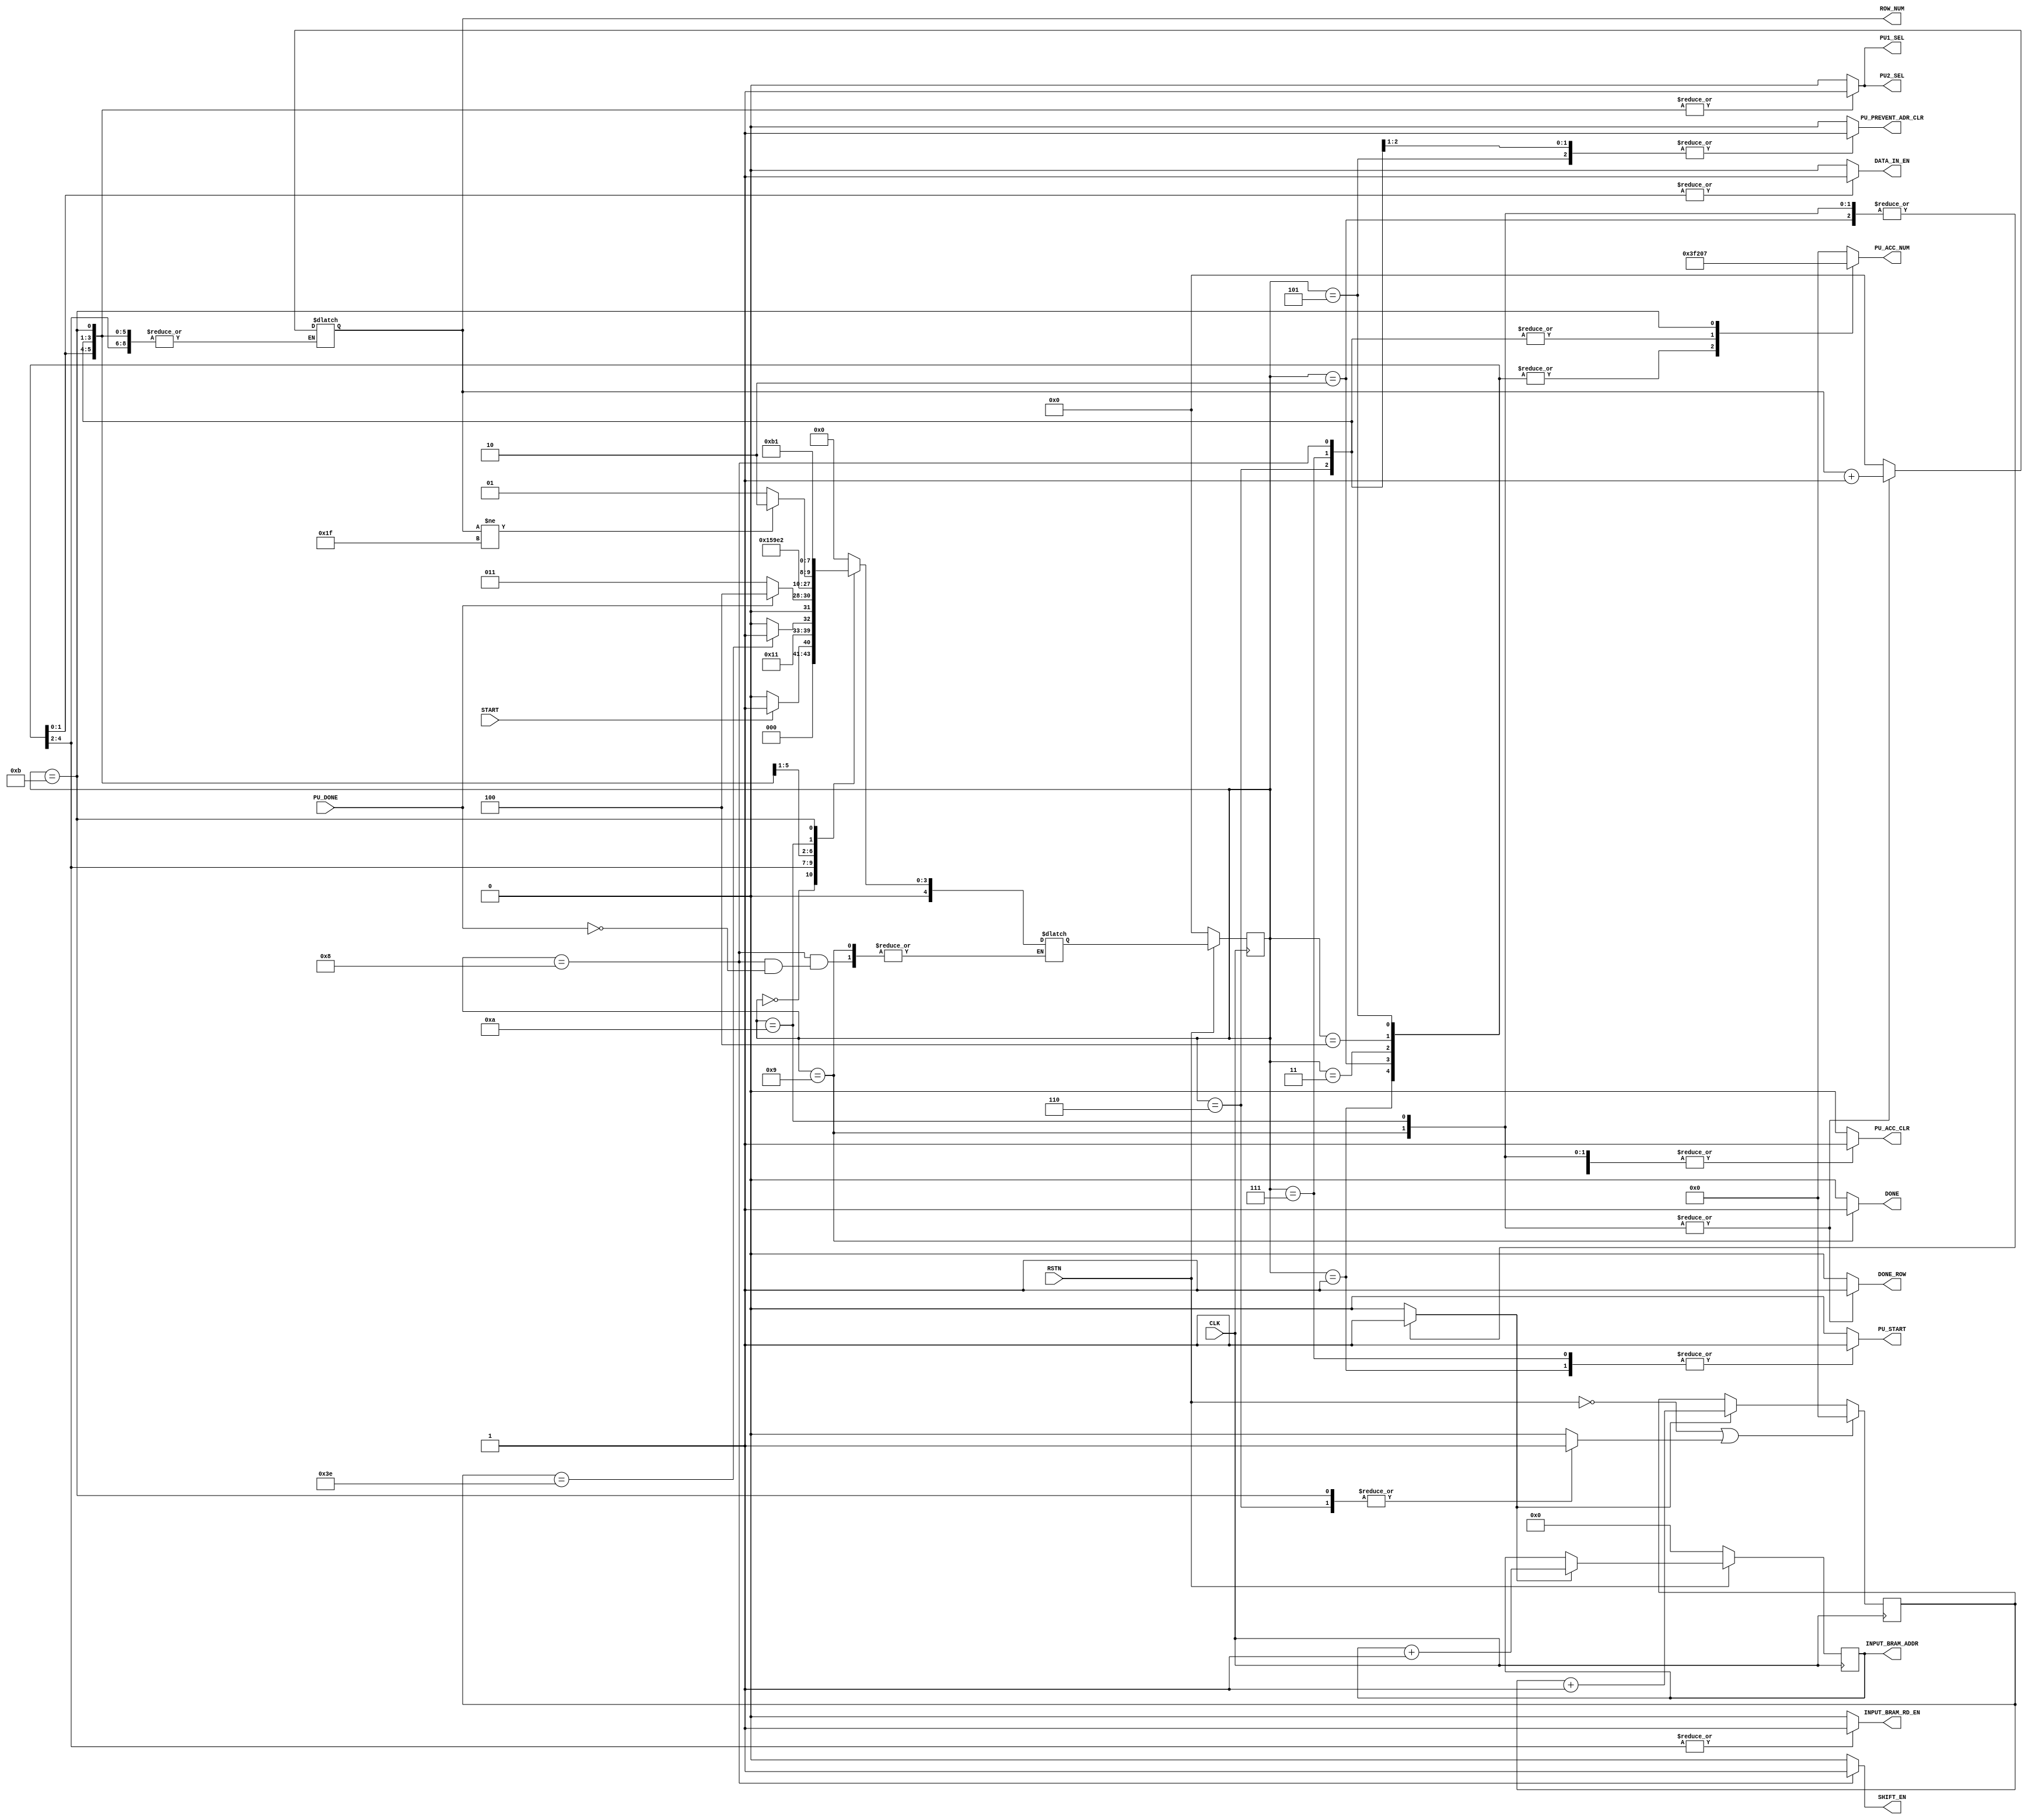
module CMM_controller(
    input                                  CLK,
    input                                  RSTN,
    input                                  START,
    input                                  PU_DONE,

    output reg                             PU_PREVENT_ADR_CLR,
    output reg                             PU_ACC_CLR,
    output reg                             PU_START,
    output reg [5:0]                       PU_ACC_NUM,
    output reg                             PU1_SEL,
    output reg                             PU2_SEL,
    output reg [$clog2(2048)-1:0]          INPUT_BRAM_ADDR,
    output reg                             INPUT_BRAM_RD_EN,
    output reg                             SHIFT_EN,
    output reg                             DATA_IN_EN,
    output reg                             DONE,
    output reg                             DONE_ROW,
    output reg [4:0]                       ROW_NUM
);

localparam BRAM_ADDR_WIDTH =  $clog2(2048);

wire            n_rst;
reg     [4:0]   current_state,next_state; 
reg             addr_cnt_en;
reg     [5:0]   input_cnt;
reg             input_cnt_rst;

assign n_rst = ~ RSTN;


always @(posedge CLK) begin
    if(n_rst) begin
        INPUT_BRAM_ADDR <= {$clog2(BRAM_ADDR_WIDTH){1'b0}};
    end
    else begin
        if(addr_cnt_en) begin
            INPUT_BRAM_ADDR <= INPUT_BRAM_ADDR + 1;
        end
    end

    if(n_rst | input_cnt_rst) input_cnt <= 6'b0;
    else begin
        if(addr_cnt_en) input_cnt <= input_cnt + 1;
    end       
end



always @(posedge CLK) begin
    if(n_rst)begin
        current_state <= 5'd0;
    end
    else begin
        current_state <= next_state;
    end
end

always @(*) begin
    case (current_state)
        5'd0:begin // Inital state
            PU_PREVENT_ADR_CLR=1'b0;
            PU_ACC_CLR = 1'b0;
            PU_START= 1'b0;
            PU_ACC_NUM= 6'd0;
            PU1_SEL= 1'b0;
            PU2_SEL= 1'b0;
            addr_cnt_en = 1'b0;
            INPUT_BRAM_RD_EN= 1'b0;
            SHIFT_EN= 1'b0;
            DATA_IN_EN= 1'b0;
            DONE=1'b0;
            DONE_ROW=1'b0;
            ROW_NUM =5'd0;
            input_cnt_rst=1'b0;
        end
        5'd1:begin // Data load from Bram & PU in enable  
            PU_PREVENT_ADR_CLR=1'b0;
            PU_ACC_CLR = 1'b0;
            PU_START = 1'b1;
            PU_ACC_NUM = 6'd63;
            INPUT_BRAM_RD_EN = 1'b1;
            PU1_SEL= 1'b0;
            PU2_SEL= 1'b0;
            addr_cnt_en = 1'b0;
            SHIFT_EN= 1'b0;
            DATA_IN_EN= 1'b0;
            DONE=1'b0;
            DONE_ROW=1'b0;
            ROW_NUM = ROW_NUM;
            input_cnt_rst=1'b0;
        end
        5'd2:begin // proceed Matrix multiplication
            PU_PREVENT_ADR_CLR=1'b0;
            PU_ACC_CLR = 1'b0;
            PU_ACC_NUM = 6'd63;
            addr_cnt_en = 1'b1;
            INPUT_BRAM_RD_EN = 1'b1;
            PU_START = 1'b0;
            PU1_SEL= 1'b0;
            PU2_SEL= 1'b0;
            SHIFT_EN= 1'b0;
            DATA_IN_EN= 1'b0;
            DONE=1'b0;
            DONE_ROW=1'b0;
            ROW_NUM = ROW_NUM;
            input_cnt_rst=1'b0;
        end
        5'd3:begin 
            PU_PREVENT_ADR_CLR=1'b0;
            PU_ACC_CLR = 1'b0;
            PU_ACC_NUM = 6'd63;
            addr_cnt_en = 1'b0;
            INPUT_BRAM_RD_EN = 1'b1;
            PU_START = 1'b0;
            PU1_SEL= 1'b0;
            PU2_SEL= 1'b0;
            SHIFT_EN= 1'b0;
            DATA_IN_EN= 1'b0;
            DONE=1'b0;
            DONE_ROW=1'b0;
            ROW_NUM = ROW_NUM;
            input_cnt_rst=1'b0;
        end
        5'd4:begin //first matrix multiplication done & load to enable buffer
            PU_PREVENT_ADR_CLR=1'b0;
            PU_ACC_CLR= 1'b0;
            PU_ACC_NUM = 6'd63;
            addr_cnt_en = 1'b0;
            INPUT_BRAM_RD_EN = 1'b0;
            PU_START = 1'b0;
            PU1_SEL= 1'b1;
            PU2_SEL= 1'b1;
            SHIFT_EN= 1'b0;
            DATA_IN_EN= 1'b1;
            DONE=1'b0;
            DONE_ROW=1'b0;
            ROW_NUM = ROW_NUM;
            input_cnt_rst=1'b0;
        end
        5'd5:begin //first matrix multiplication done & load to enable buffer
            PU_PREVENT_ADR_CLR=1'b1;
            PU_ACC_CLR= 1'b0;
            PU_ACC_NUM = 6'd63;
            addr_cnt_en = 1'b0;
            INPUT_BRAM_RD_EN = 1'b0;
            PU_START = 1'b0;
            PU1_SEL= 1'b1;
            PU2_SEL= 1'b1;
            SHIFT_EN= 1'b0;
            DATA_IN_EN= 1'b1;
            DONE=1'b0;
            DONE_ROW=1'b0;
            ROW_NUM = ROW_NUM;
            input_cnt_rst=1'b0;
        end
        5'd6:begin //PU CLR
            PU_PREVENT_ADR_CLR=1'b1;
            PU_ACC_CLR= 1'b1;
            PU_ACC_NUM = 6'd8;
            addr_cnt_en = 1'b0;
            INPUT_BRAM_RD_EN = 1'b0;
            PU_START = 1'b0;
            PU1_SEL= 1'b1;
            PU2_SEL= 1'b1;
            SHIFT_EN= 1'b0;
            DATA_IN_EN= 1'b0;
            DONE=1'b0;
            DONE_ROW=1'b0;
            ROW_NUM = ROW_NUM;
            input_cnt_rst=1'b1;
        end
        5'd7:begin 
            PU_PREVENT_ADR_CLR=1'b1;
            PU_ACC_CLR= 1'b0;
            PU_ACC_NUM = 6'd8;
            addr_cnt_en = 1'b0;
            INPUT_BRAM_RD_EN = 1'b0;
            PU_START = 1'b1;
            PU1_SEL= 1'b1;
            PU2_SEL= 1'b1;
            SHIFT_EN= 1'b0;
            DATA_IN_EN= 1'b0;
            DONE=1'b0;
            DONE_ROW=1'b0;
            ROW_NUM = ROW_NUM;
            input_cnt_rst=1'b0;
        end
        5'd8:begin //proceed Secnod matrix multiplication 
            PU_PREVENT_ADR_CLR=1'b0;
            PU_ACC_CLR= 1'b0;
            PU_ACC_NUM = 6'd8;
            addr_cnt_en = 1'b0;
            INPUT_BRAM_RD_EN = 1'b0;
            PU_START = 1'b0;
            PU1_SEL= 1'b1;
            PU2_SEL= 1'b1;
            SHIFT_EN= 1'b1;
            DATA_IN_EN= 1'b0;
            DONE=1'b0;
            DONE_ROW=1'b0;
            ROW_NUM = ROW_NUM;
            input_cnt_rst=1'b0;
        end


        5'd10:begin // register initalize for next matrix row calculation
            PU_PREVENT_ADR_CLR=1'b0;
            PU_ACC_CLR = 1'b1;
            PU_START= 1'b0;
            PU_ACC_NUM= 6'd0;
            PU1_SEL= 1'b0;
            PU2_SEL= 1'b0;
            addr_cnt_en = 1'b1;
            INPUT_BRAM_RD_EN= 1'b0;
            SHIFT_EN= 1'b0;
            DATA_IN_EN= 1'b0;
            DONE=1'b0;
            DONE_ROW=1'b1;
            ROW_NUM = ROW_NUM + 1;
            input_cnt_rst=1'b0;
        end
        
        5'd11:begin // Inital state
            PU_PREVENT_ADR_CLR=1'b0;
            PU_ACC_CLR= 1'b0;
            PU_ACC_NUM = 6'd7;
            addr_cnt_en = 1'b0;
            INPUT_BRAM_RD_EN = 1'b0;
            PU_START = 1'b0;
            PU1_SEL= 1'b1;
            PU2_SEL= 1'b1;
            SHIFT_EN= 1'b0;
            DATA_IN_EN= 1'b0;
            DONE=1'b0;
            DONE_ROW=1'b0;
            ROW_NUM = ROW_NUM;
            input_cnt_rst=1'b1;
        end

        5'd9:begin // register initalize for next matrix row calculation
            PU_PREVENT_ADR_CLR=1'b0;
            PU_ACC_CLR = 1'b1;
            PU_START= 1'b0;
            PU_ACC_NUM= 6'd0;
            PU1_SEL= 1'b0;
            PU2_SEL= 1'b0;
            addr_cnt_en = 1'b1;
            INPUT_BRAM_RD_EN= 1'b0;
            SHIFT_EN= 1'b0;
            DATA_IN_EN= 1'b0;
            DONE=1'b1;
            DONE_ROW=1'b1;
            ROW_NUM = ROW_NUM + 1;
            input_cnt_rst=1'b0;
        end
        


        default: begin
            PU_PREVENT_ADR_CLR=1'b0;
            PU_ACC_CLR =1'b0;
            PU_START= 1'b0;
            PU_ACC_NUM= 6'd0;
            PU1_SEL= 1'b0;
            PU2_SEL= 1'b0;
            addr_cnt_en = 1'b0;
            INPUT_BRAM_RD_EN= 1'b0;
            SHIFT_EN= 1'b0;
            DATA_IN_EN= 1'b0;
            DONE=1'b0;
            DONE_ROW=1'b0;
            ROW_NUM =5'd0;
            addr_cnt_en=1'b0;
            input_cnt_rst=1'b0;
        end
    endcase
end

always @(*) begin
    case (current_state)
        5'd0: if(START) next_state = 5'd1; else next_state = 5'd0;
        5'd1: next_state = 5'd2;
        5'd2: if(input_cnt==62) next_state = 5'd3; else next_state = 5'd2;
        5'd3: if(PU_DONE)next_state = 5'd4; else next_state = 5'd3;
        5'd4: next_state = 5'd5;
        5'd5: next_state = 5'd6;
        5'd6: next_state = 5'd7;
        5'd7: next_state = 5'd8;
        5'd8: if(PU_DONE)begin
            if(ROW_NUM != 31)next_state = 5'd10;else next_state = 5'd9;
        end
            else next_state = next_state;
        5'd10: next_state = 5'd11;
        5'd9: next_state = next_state;
        5'd11: next_state =  5'd1;
    
        default: next_state = 5'd0;
    endcase
end
    
endmodule